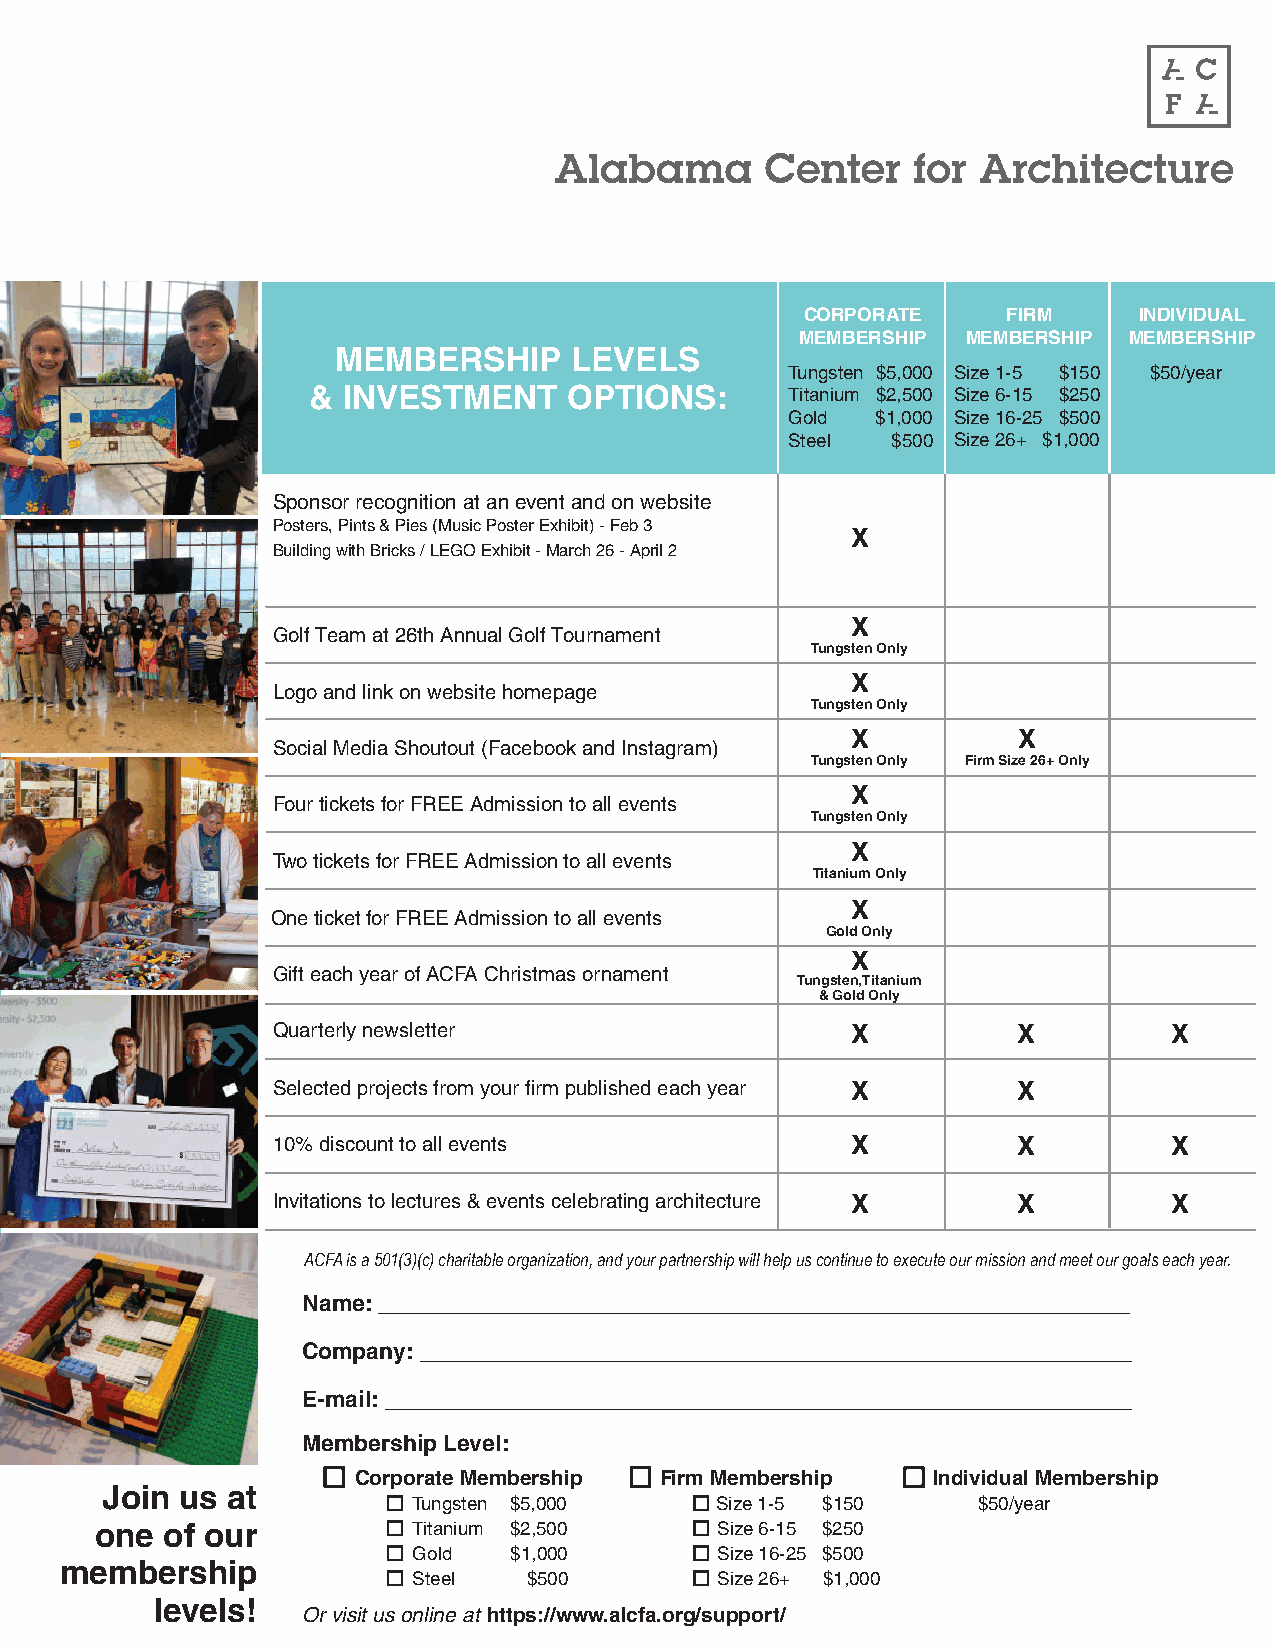
CORPORATE     FIRM    INDIVIDUAL
 MEMBERSHIP MEMBERSHIP MEMBERSHIP
 MEMBERSHIP      LEVELS
 Tungsten $5,000 Size 1-5 $150 $50/year
 &  INVESTMENT     OPTIONS:      Titanium $2,500 Size 6-15 $250
 Gold  $1,000 Size 16-25 $500
 Steel  $500 Size 26+ $1,000
 Sponsor recognition at an event and on website
 Posters, Pints & Pies (Music Poster Exhibit) - Feb 3
 X
 Building with Bricks / LEGO Exhibit - March 26 - April 2
 X
 Golf Team at 26th Annual Golf Tournament
 Tungsten Only
 X
 Logo and link on website homepage
 Tungsten Only
 X          X
 Social Media Shoutout (Facebook and Instagram)
 Tungsten Only Firm Size 26+ Only
 X
 Four tickets for FREE Admission to all events
 Tungsten Only
 X
 Two tickets for FREE Admission to all events
 Titanium Only
 X
 One ticket for FREE Admission to all events
 Gold Only
 X
 Gift each year of ACFA Christmas ornament
 Tungsten,Titanium
 & Gold Only
 Quarterly newsletter                  X          X          X
 Selected projects from your fi rm published each year X X
 10% discount to all events            X          X          X
 Invitations to lectures & events celebrating architecture X X X
 ACFA is a 501(3)(c) charitable organization, and your partnership will help us continue to execute our mission and meet our goals each year.
 Name: ____________________________________________________________
 Company: _________________________________________________________
 E-mail: ____________________________________________________________
 Membership Level:
 Corporate Membership Firm Membership  Individual Membership
 Join us at
 Tungsten $5,000     Size 1-5 $150     $50/year
 one  of our          Titanium $2,500     Size 6-15 $250
 Gold   $1,000       Size 16-25 $500
 membership
 Steel   $500        Size 26+ $1,000
 levels!
 Or visit us online at https://www.alcfa.org/support/